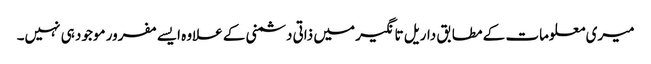
میری معلومات کے مطابق داریل تانگیر میں ذاتی دشمنی کے علاوہ ایسے مفرور موجود ہی نہیں۔